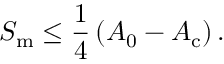
S _ { \mathrm { m } } \leq \frac { 1 } { 4 } \left( A _ { 0 } - A _ { \mathrm { c } } \right) .